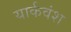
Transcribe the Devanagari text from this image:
यार्कवंश